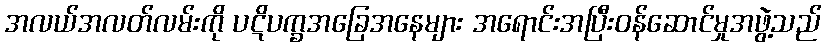
အလယ်အလတ်လမ်းကို ပဋိပက္ခအခြေအနေများ အရောင်းအပြီးဝန်ဆောင်မှုအဖွဲ့သည်